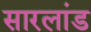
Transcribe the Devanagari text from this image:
सारलांड